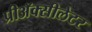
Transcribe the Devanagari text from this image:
प्रीअॅक्सीलेटर